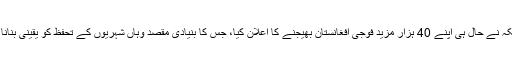
امریکہ نے حال ہی اپنے 40 ہزار مزید فوجی افغانستان بھیجنے کا اعلان کیا، جس کا بنیادی مقصد وہاں شہریوں کے تحفظ کو یقینی بنانا ہے۔